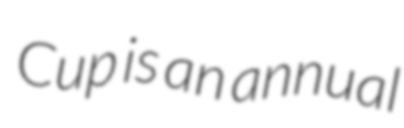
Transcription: Cup is an annual